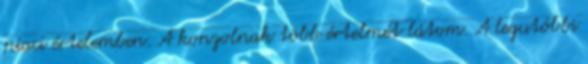
piaci értelemben. A konzolnak több értelmét látom. A legutóbbi